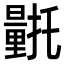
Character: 𮡛